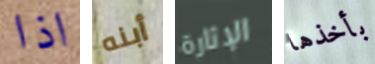
اذا أبنه الإثارة بأخذها